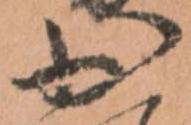
少